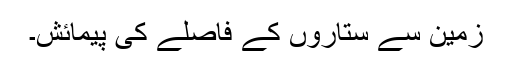
زمین سے ستاروں کے فاصلے کی پیمائش۔